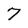
Character: 7